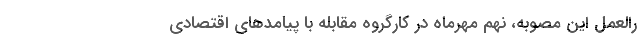
رالعمل این مصوبه، نهم مهرماه در کارگروه مقابله با پیامدهای اقتصادی